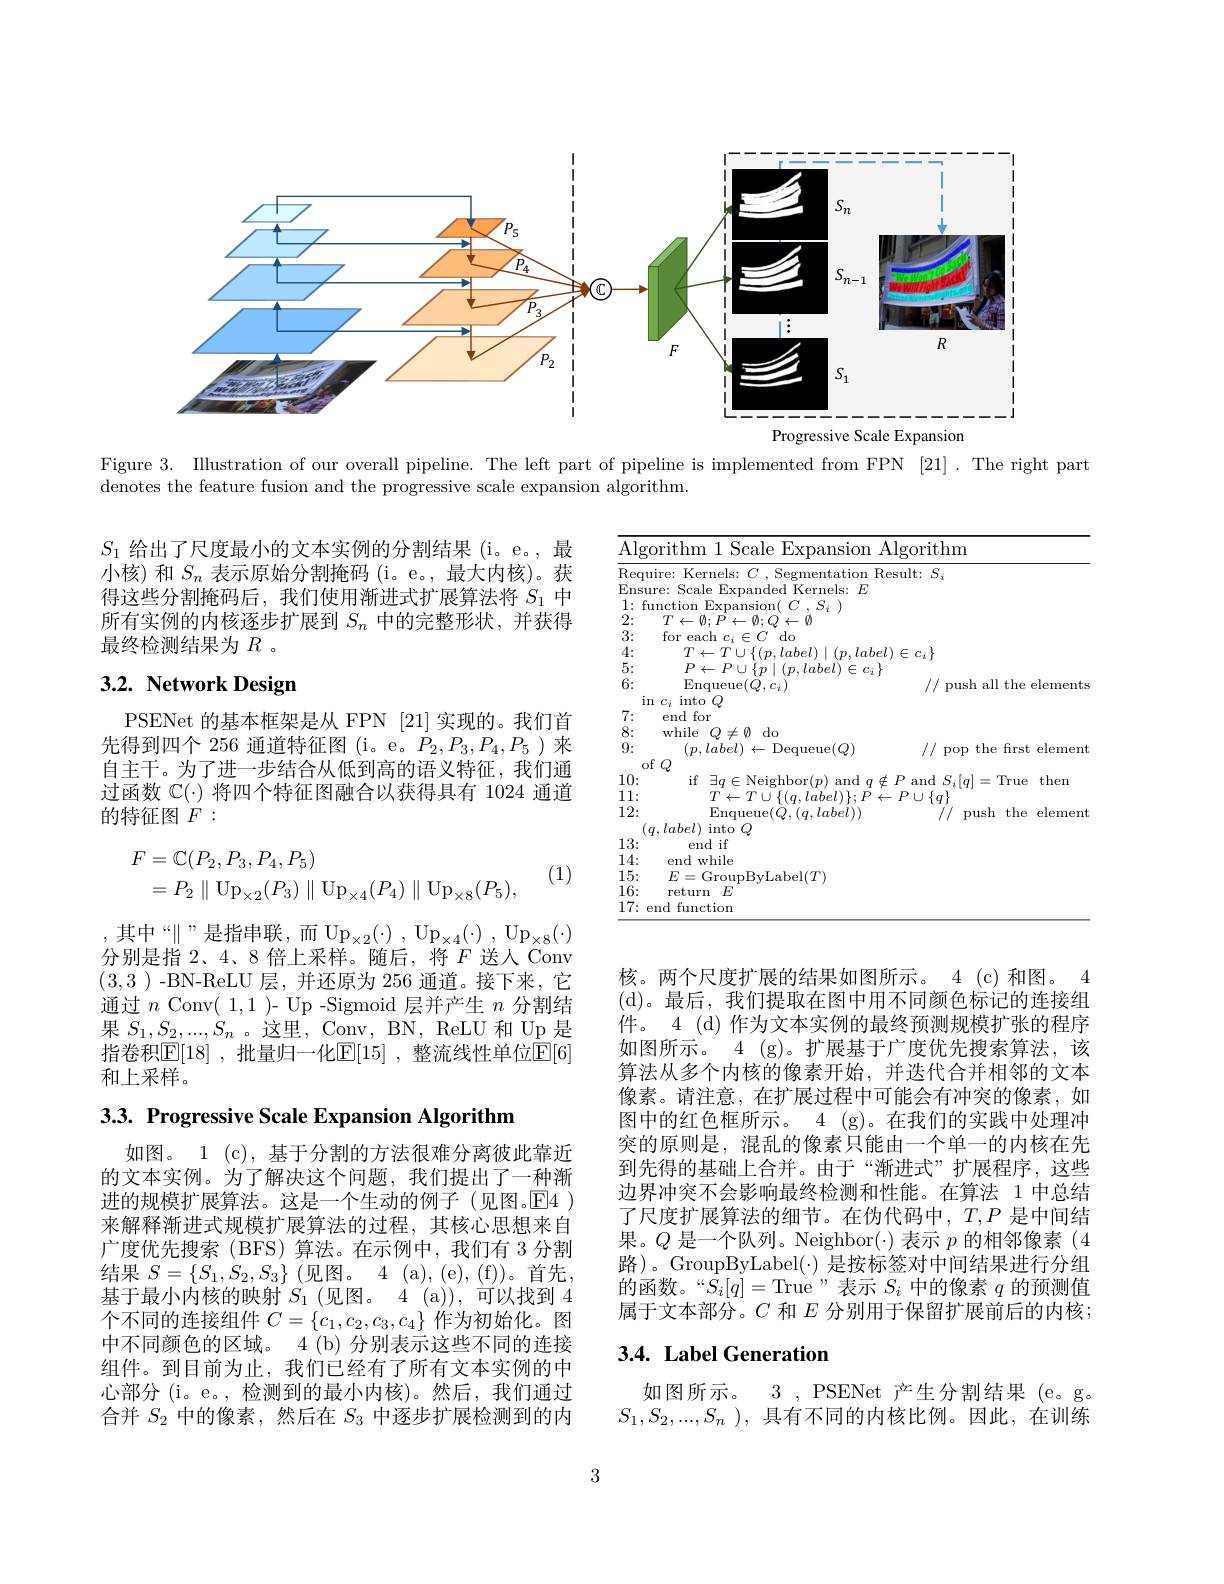
<FigureHere>

Figure 3. Illustration of our overall pipeline. The left part of pipeline is implemented from FPN [21]. The right part
denotes the feature fusion and the progressive scale expansion algorithm.

$S_1$给出了尺度最小的文本实例的分割结果(i。e。,最小核) 和$S_n$表示原始分割掩码(i。e。,最大内核)。获得这些分割掩码后，我们使用渐进式扩展算法将$S_{1}$中所有实例的内核逐步扩展到$S_n$中的完整形状，并获得最终检测结果为$R$。

# 3.2. Network Design

<table>
	<tbody>
		<tr>
			<td>Alg. </td>
			<td>rithm Scale $,F_{i}>$ ansion Algorithm 1 $\frac{1}{2}=\frac{1}{2}=\frac{1}{2}$</td>
		</tr>
		<tr>
			<td>Req</td>
			<td>Result $S_{i}$ lire $B$</td>
		</tr>
		<tr>
			<td>Ensu</td>
			<td>$1\Upsilon F$ Sralo Kernels: $E$</td>
		</tr>
		<tr>
			<td>1: $f_{\mathrm{l}}$</td>
			<td>7</td>
		</tr>
		<tr>
			<td>2:</td>
			<td>T</td>
		</tr>
		<tr>
			<td>3:</td>
			<td>for each 1111 $f^{\prime}$, $E$ $:C$ $do$</td>
		</tr>
		<tr>
			<td>4:</td>
			<td>$lahel)\in c_{i}\}$</td>
		</tr>
		<tr>
			<td>5:</td>
			<td> </td>
		</tr>
		<tr>
			<td> </td>
			<td> </td>
		</tr>
		<tr>
			<td>$iI$</td>
			<td> </td>
		</tr>
		<tr>
			<td>9:</td>
			<td>$(p,label)\leftarrow$Dequeue$(Q)$ 101 the frst t elemen</td>
		</tr>
		<tr>
			<td>0</td>
			<td>L $\left(L\right)$</td>
		</tr>
		<tr>
			<td>10:</td>
			<td>14 -1n 2 Neighhor(r anr 1 $S_{:}|_{n}$ $=1711e$ then</td>
		</tr>
		<tr>
			<td>11: $\frac{1}{2}=\frac{1}{2}=\frac{1}{2}$</td>
			<td>$11\int_{a}$</td>
		</tr>
		<tr>
			<td>12:</td>
			<td>Fnaueue$( O. ( a. label)$ the element</td>
		</tr>
		<tr>
			<td>13:</td>
			<td>end if</td>
		</tr>
		<tr>
			<td>14: </td>
			<td>end while</td>
		</tr>
		<tr>
			<td>15:</td>
			<td>$E=\operatorname{Groun}$BvI abel$(T)$</td>
		</tr>
		<tr>
			<td>16:</td>
			<td>return $F$</td>
		</tr>
		<tr>
			<td>17: $F$</td>
			<td> function</td>
		</tr>
	</tbody>
</table>

PSENet 的基本框架是从 FPN [21] 实现的。我们首先得到四个 256 通道特征图(i。e。$P_2,P_3,P_4,P_5$)来自主干。为了进一步结合从低到高的语义特征，我们通过函数$\mathbb{C}(\cdot)$将四个特征图融合以获得具有 1024 通道的特征图$F:$
$$\begin{aligned}F&=\mathbb{C}(P_2,P_3,P_4,P_5)\\&=P_2\parallel\operatorname{Up}_{\times2}(P_3)\parallel\operatorname{Up}_{\times4}(P_4)\parallel\operatorname{Up}_{\times8}(P_5),\end{aligned}$$
(1)

,其中“$\parallel”$是指串联，而$\mathrm{Up}_\times2(\cdot),\mathrm{Up}_{\times4}(\cdot),\mathrm{Up}_{\times8}(\cdot)$ 分别是指 2、4、8 倍上采样。随后，将$F$送人 Conv (3,3)-BN-ReLU 层，并还原为 256 通道。接下来，它通过$n$ Conv( 1,1 )- Up -Sigmoid 层并产生$n$分割结果$S_1,S_2,...,S_n$ 。这里，Conv, BN, ReLU 和 Up 是指卷积$\mathbb{E}[18]$ ,批量归一化$\mathbb{E}[15]$ ,整流线性单位$\mathbb{E}[6]$ 和上采样。

3.3. Progressive Scale Expansion Algorithm

核。两个尺度扩展的结果如图所示。4 (c)和图。4 (d)。最后，我们提取在图中用不同颜色标记的连接组件。4 (d) 作为文本实例的最终预测规模扩张的程序如图所示。4 (g)。扩展基于广度优先搜索算法，该算法从多个内核的像素开始，并迭代合并相邻的文本像素。请注意，在扩展过程中可能会有冲突的像素，如图中的红色框所示。4 (g)。在我们的实践中处理冲突的原则是，混乱的像素只能由一个单一的内核在先到先得的基础上合并。由于“渐进式”扩展程序，这些边界冲突不会影响最终检测和性能。在算法 1 中总结了尺度扩展算法的细节。在伪代码中，$T,P$是中间结果。$Q$是一个队列。Neighbor(·)表示$p$的相邻像素(4路)。GroupByLabel($\cdot) 是按标签对中间结果进行分组$ 的函数。“$S_i[q]=$True”表示$S_i$中的像素$q$的预测值属于文本部分。$C$和$E$分别用于保留扩展前后的内核；

如图。1 (c), 基于分割的方法很难分离彼此靠近的文本实例。为了解决这个问题，我们提出了一种渐进的规模扩展算法。这是一个生动的例子(见图。$\operatorname{E}$4 ) 来解释渐进式规模扩展算法的过程，其核心思想来自广度优先搜索(BFS)算法。在示例中，我们有 3 分割结果$S=\{S_1,S_2,S_3\}$ (见图。4 (a), (e), (f))。首先， 基于最小内核的映射$S_1$(见图。4(a)),可以找到4个不同的连接组件$C=\{c_1,c_2,c_3,c_4\}$作为初始化。图中不同颜色的区域。4 (b) 分别表示这些不同的连接组件。到目前为止，我们已经有了所有文本实例的中心部分 (i。e。,检测到的最小内核)。然后，我们通过合并$S_{2}$中的像素，然后在$S_{3}$中逐步扩展检测到的内

## 3.4. Label Generation

如图所示。3 , PSENet 产生分割结果 (e。g。$S_1, S_2, . . . , S_n$ ),具有不同的内核比例。因此，在训练

3